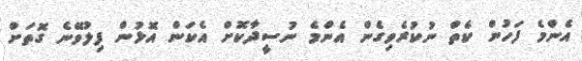
އެންމެ ފަހުން ކެތް ނުކުރެވިގެން އެންމެ ނުސީދާކޮށް އެކަން އޮޅުން ފިލުވޭނެ ގޮތަށް